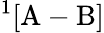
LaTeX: ^1[\mathrm{A}-\mathrm{B}]